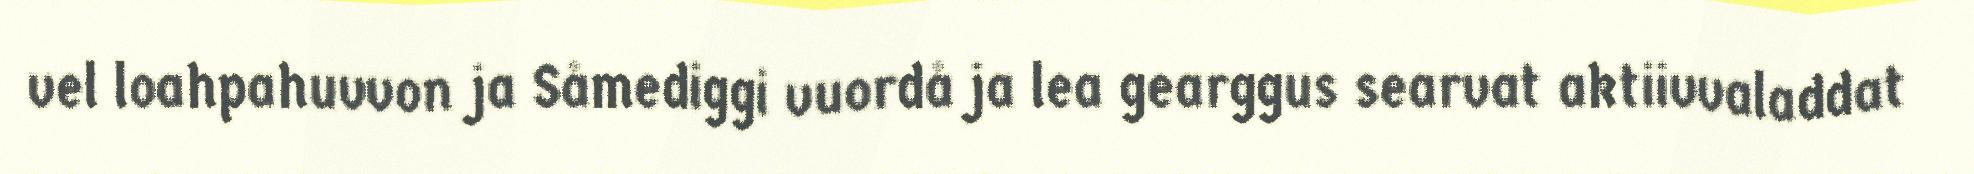
vel loahpahuvvon ja Såmediggi vuordå ja lea gearggus searvat aktiivvaladdat